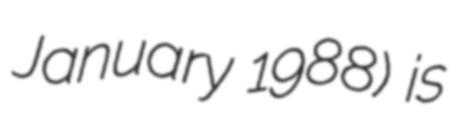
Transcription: January 1988) is